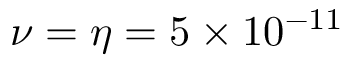
\nu = \eta = 5 \times 1 0 ^ { - 1 1 }